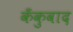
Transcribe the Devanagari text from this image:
कँकुवाद